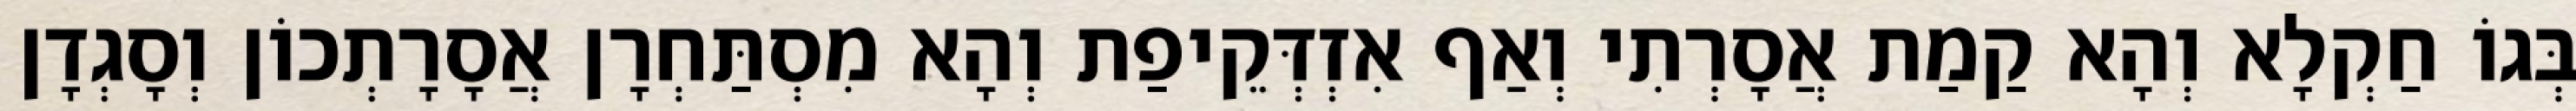
בְּגוֹ חַקְלָא וְהָא קַמַת אֲסָרְתִי וְאַף אִזְדְּקֵיפַת וְהָא מִסְתַּחְרָן אֲסָרָתְכוֹן וְסָגְדָן